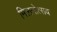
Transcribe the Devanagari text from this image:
मिलनोत्सव